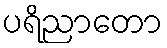
ပရိညာတော